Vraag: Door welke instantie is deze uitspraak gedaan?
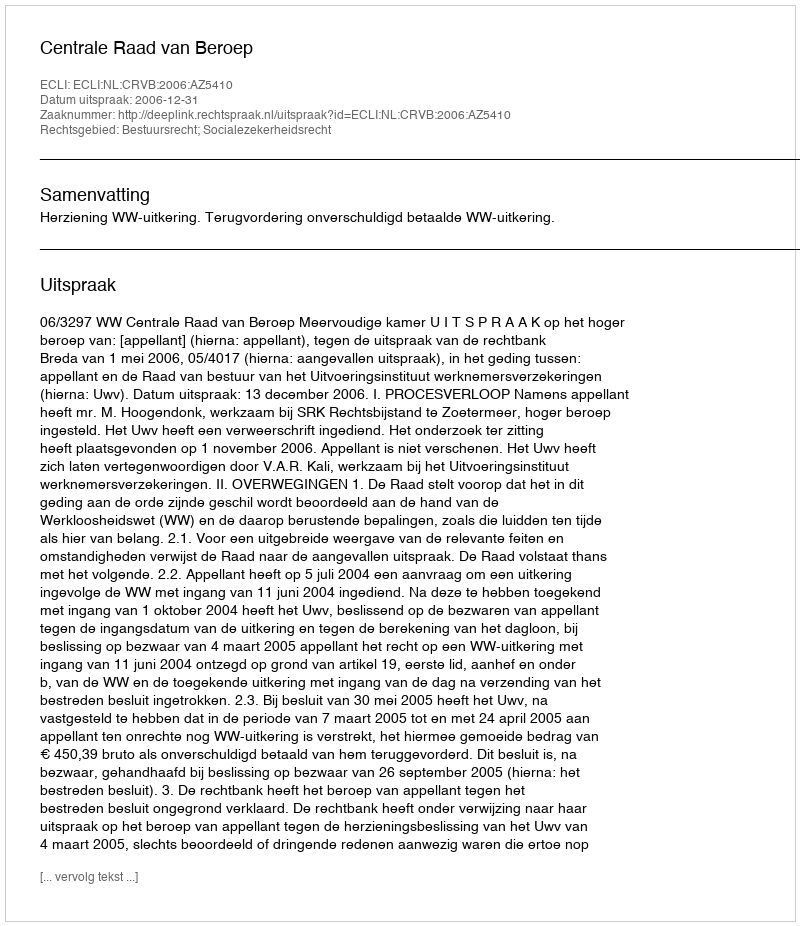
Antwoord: Centrale Raad van Beroep